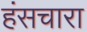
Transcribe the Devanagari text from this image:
हंसचारा